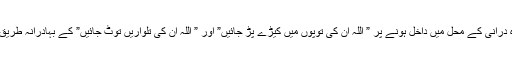
جنہوں نے نادر شاہ درانی کے محل میں داخل ہونے پر ” اللہ ان کی توپوں میں کیڑے پڑ جائیں” اور ” اللہ ان کی تلواریں توٹ جائیں” کے بہادرانہ طریق سے مقابلہ کیا تھا۔